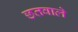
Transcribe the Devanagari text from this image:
छतवाले